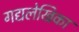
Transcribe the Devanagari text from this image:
गद्यलेखिका